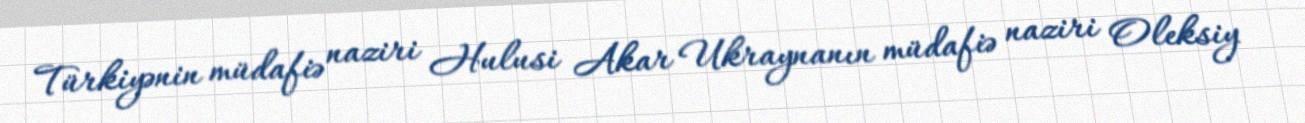
Türkiyənin müdafiə naziri Hulusi Akar Ukraynanın müdafiə naziri Oleksiy